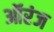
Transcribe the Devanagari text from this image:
ऑरंज